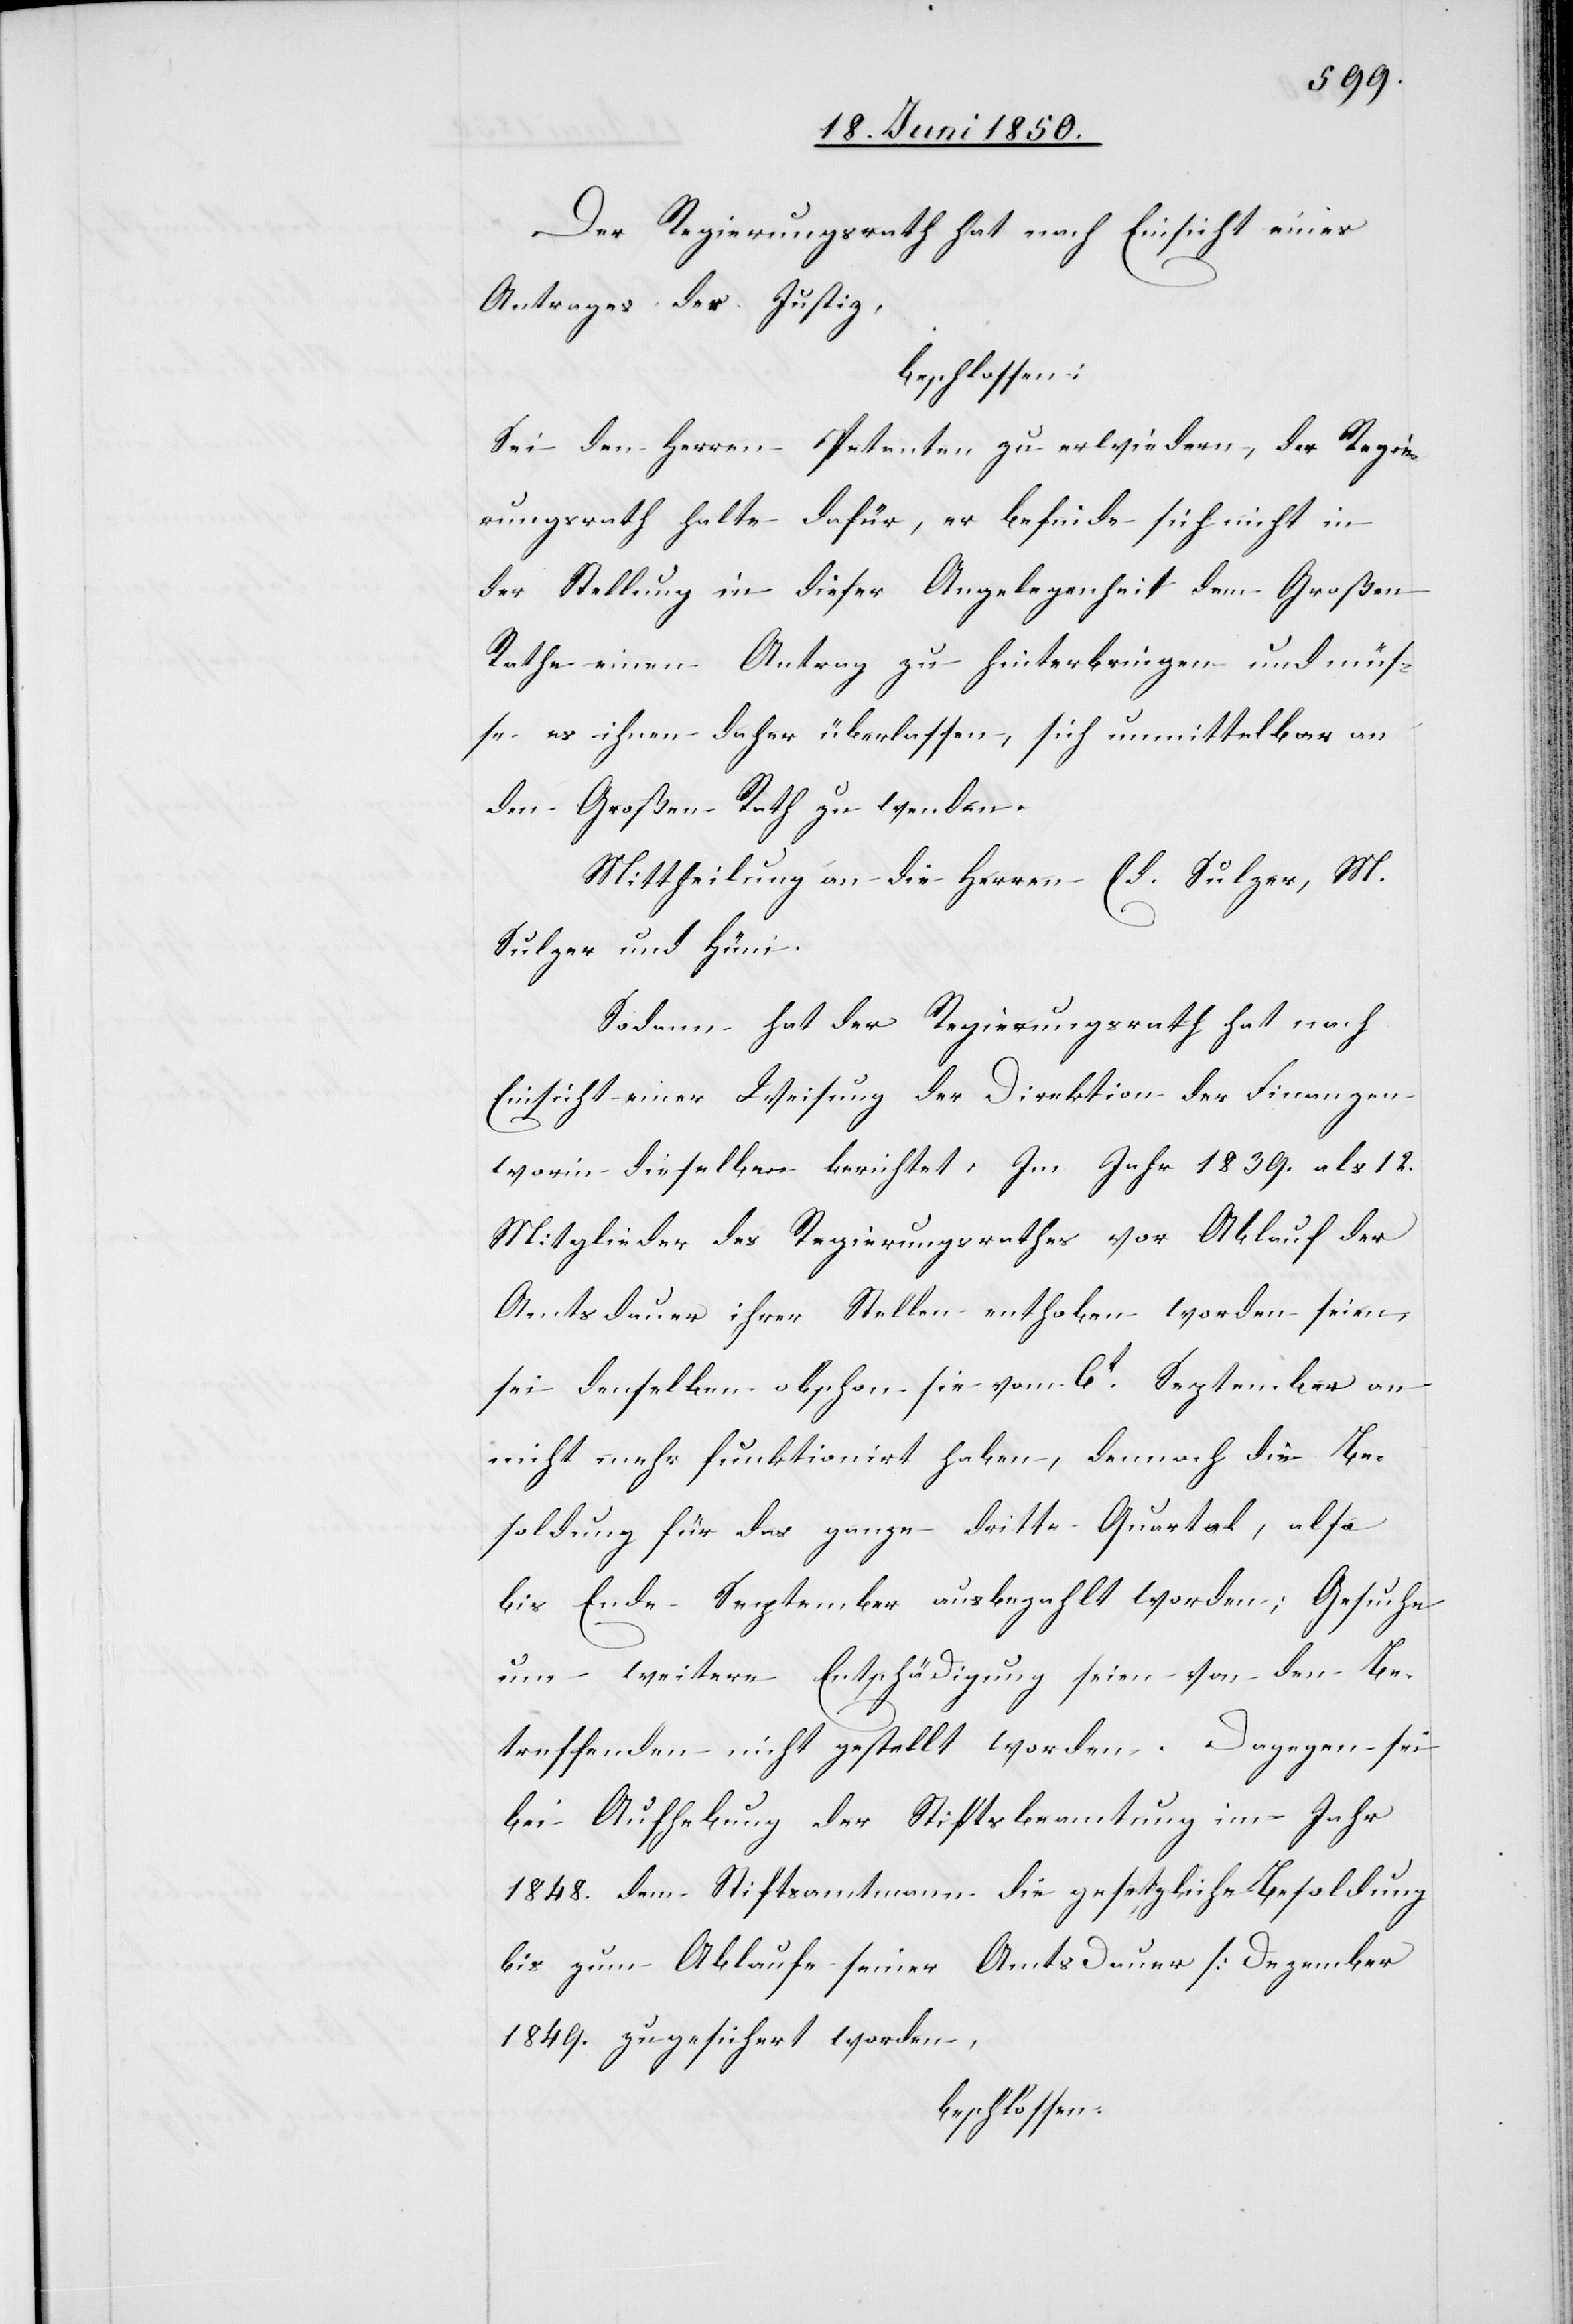
Der Regierungsrath hat nach Einsicht eines
Antrages der Justiz,
beschlossen:
Sei den Herren Petenten zu erwiedern, der Regie¬
rungsrath halte dafür, er befinde sich nicht in
der Stellung in dieser Angelegenheit dem Großen
Rathe einen Antrag zu hinterbringen und müs¬
se es ihnen daher überlassen, sich unmittelbar an
den Großen Rath zu wenden.
Mittheilung an die Herren Ed. Sulzer, M.
Sulzer und Hüni.
Sodann hat der Regierungsrath hat [sic!]
Einsicht einer Weisung der Direktion der Finanzen
worin dieselben berichtet: Im Jahr 1839. als 12.
Mitglieder des Regierungsrathes vor Ablauf der
Amtsdauer ihrer Stellen enthoben worden seien,
sei denselben obschon sie vom 6t September an
nicht mehr funktionirt haben, dennoch die Be¬
soldung für das ganze dritte Quartal, also
bis Ende September ausbezahlt worden; Gesuche
um weitere Entschädigung seien von den Be¬
treffenden nicht gestellt worden. Dagegen sei
bei Aufhebung der Stiftsbeamtung im Jahr
1848. dem Stiftsamtmann die gesetzliche Besoldung
bis zum Ablaufe seiner Amtsdauer [Dezember
1849.[]] zugesichert worden,
beschlossen.